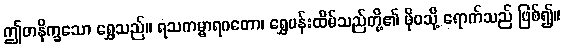
ဤတနိက္ခသော ရွှေသည်။ ရသကမ္မာရဂတော၊ ရွှေပန်းထိမ်သည်တို့၏ ဖိုဝသို့ ရောက်သည် ဖြစ်၍။